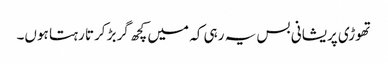
تھوڑی پریشانی بس یہ رہی کہ میں کچھ گربڑ کرتا رہتا ہوں۔